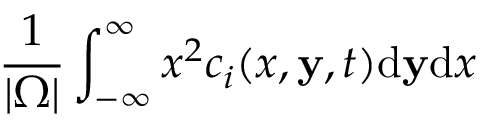
\frac { 1 } { | \Omega | } \int _ { - \infty } ^ { \infty } x ^ { 2 } c _ { i } ( x , \mathbf { y } , t ) \mathrm { d } \mathbf { y } \mathrm { d } x